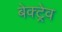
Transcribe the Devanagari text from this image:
बेक्ट्रेव